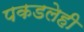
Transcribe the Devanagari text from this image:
पकडलेही